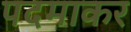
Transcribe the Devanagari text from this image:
पदमाकर